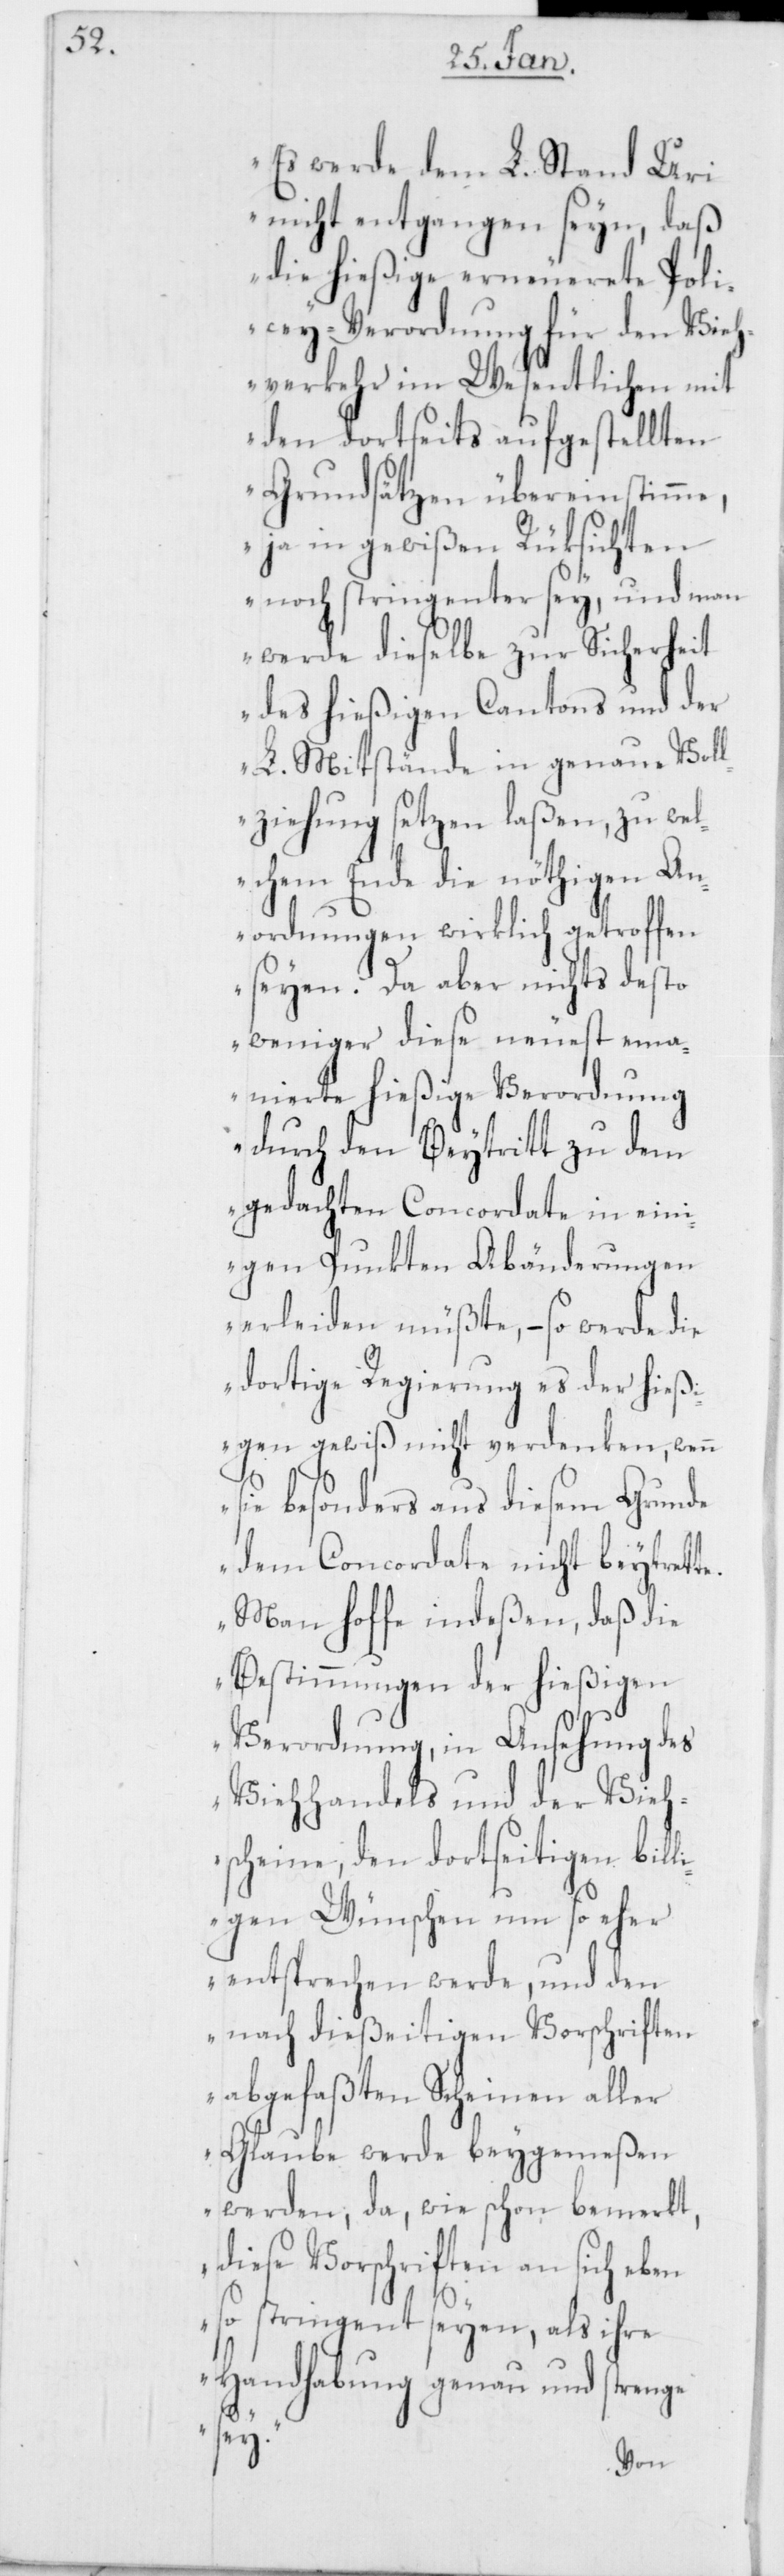
„Es werde dem L. Stand Uri
nicht entgangen seyn, daß
die hießige erneuerete Poli¬
zey-Verordnung für den Vieh¬
verkehr im Wesentlichen mit
den dortseits aufgestellten
Grundsätzen übereinstimme,
ja in gewißen Rüksichten
noch stringenter sey, und man
werde dieselbe zur Sicherheit
des hießigen Cantons und der
L. Mitstände in genaue Vol¬
lziehung setzen laßen, zu wel¬
chem Ende die nöthigen An¬
ordnungen wirklich getroffen
seyen . Da aber nichts desto
weniger diese neuest ema¬
nierte hießige Verordnung
durch den Beytritt zu dem
gedachten Concordate in ein¬
igen Punkten Abänderungen
erleiden müßte, – so werde die
dortige Regierung es der hießi¬
gen gewiß nicht verdenken, wenn
sie besonders aus diesem Grunde
dem Concordate nicht beytrette.
Man hoffe indeßen, daß die
Bestimmungen der hießigen
Verordnung, in Ansehung des
Viehhandels und der Vieh¬
scheine, den dortseitigen bill¬
igen Wünschen um so eher
entsprechen werde, und den
nach dießeitigen Vorschriften
abgefaßten Scheinen aller
Glaube werde beygemeßen
werden, da wie schon bemerkt,
diese Vorschriften an sich eben
so stringent seyen , als ihre
Handhabung genau und strenge
sey.“